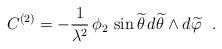
LaTeX: \begin{align*}C^{(2)}=-\frac{1}{\lambda^2}\,\phi_2\,\sin {\widetilde \theta}\,d{\widetilde \theta}\wedge d{\widetilde \varphi} ~~.\end{align*}